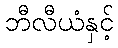
ဘီလီယံနှင့်